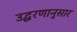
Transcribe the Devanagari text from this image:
उद्धरणानुसार